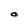
Character: O